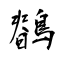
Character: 鶺